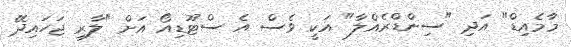
މާމެއިޑް" އަދި "ސިންޑްރެއްލާ" އަކީ ވެސް އެ ސްޓޫޑިއޯ އަށް "ލާރި ޖަހައިދޭ